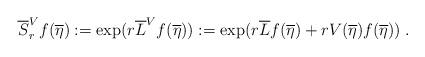
LaTeX: \begin{align*}\overline{S}^{V}_{r}f(\overline{\eta}) :=\exp(r\overline{L}^{V}f(\overline{\eta})) :=\exp(r\overline{L}f(\overline{\eta}) + rV(\overline{\eta})f(\overline{\eta}))\;. \end{align*}